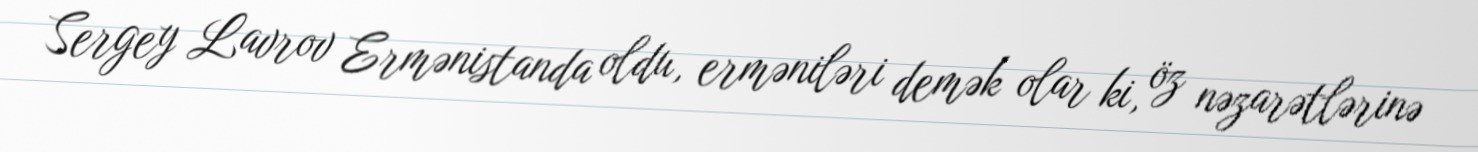
Sergey Lavrov Ermənistanda oldu, erməniləri demək olar ki, öz nəzarətlərinə